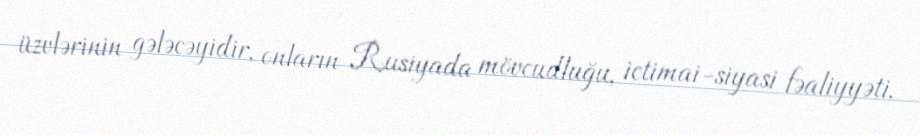
üzvlərinin gələcəyidir, onların Rusiyada mövcudluğu, ictimai-siyasi fəaliyyəti,